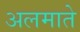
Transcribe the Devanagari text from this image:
अलमाते